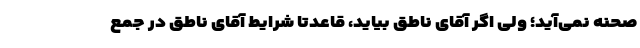
صحنه نمی‌آید؛ ولی اگر آقای ناطق بیاید، قاعدتا شرایط آقای ناطق در جمع